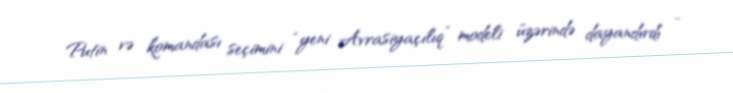
Putin və komandası seçimini “yeni Avrasiyaçılıq” modeli üzərində dayandırdı -